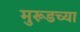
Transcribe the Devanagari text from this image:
मुरूडच्या